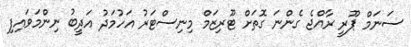
ސަނަމް ޕޫރީ ރާއްޖެ ގެންނަ ގޮތަށް ޓޫރިޒަމް މިނިސްޓަރު އަހުމަދު އަދީބު ނިންމަވައިފި